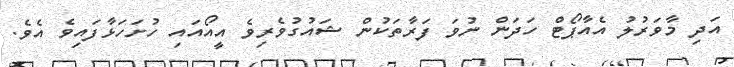
އަދި މާވަރުލު އެއާޕޯޓް ހަދަން ނުވަ ފަރާތަކުން ޝައުގުވެރިވެ އީއޯއައި ހުށަހަޅާފައިވެ އެވެ.